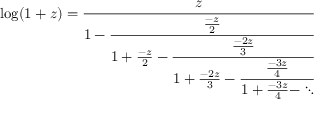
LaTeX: \log ( 1 + z ) = { \cfrac { z } { 1 - { \cfrac { \frac { - z } { 2 } } { 1 + { \frac { - z } { 2 } } - { \cfrac { \frac { - 2 z } { 3 } } { 1 + { \frac { - 2 z } { 3 } } - { \cfrac { \frac { - 3 z } { 4 } } { 1 + { \frac { - 3 z } { 4 } } - \ddots } } } } } } } }